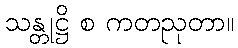
သန္တုဋ္ဌိ စ ကတညုတာ။